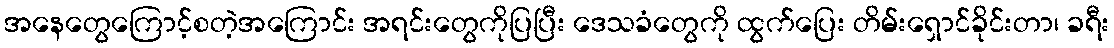
အနေတွေကြောင့်စတဲ့အကြောင်း အရင်းတွေကိုပြပြီး ဒေသခံတွေကို ထွက်ပြေး တိမ်းရှောင်ခိုင်းတာ၊ ခရီး